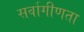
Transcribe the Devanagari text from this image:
सर्वागीणता